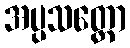
အပ္ပသတ္ထော